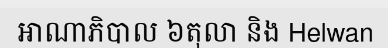
អាណាភិបាល ៦តុលា និង Helwan